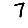
Digit: 7